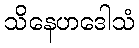
သိနေဟဒေါသံ